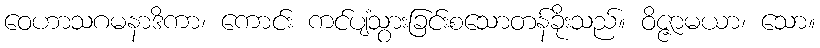
ဝေဟာသဂမနာဒိကာ၊ ကောင်း ကင်ပျံသွားခြင်းစသောတန်ခိုးသည်။ ဝိဇ္ဇာမယာ၊ သော။